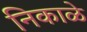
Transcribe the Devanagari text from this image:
निकाळे